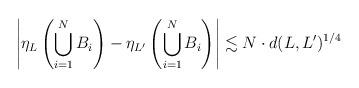
LaTeX: \begin{align*} \left| \eta_L \left( \bigcup_{i=1}^N B_i \right) - \eta_{L'} \left( \bigcup_{i=1}^N B_i \right) \right| \lesssim N \cdot d(L,L')^{1/4} \end{align*}